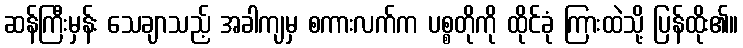
ဆန်ကြီးမှန်း သေချာသည့် အခါကျမှ စကားလက်က ပစ္စတိုကို ထိုင်ခုံ ကြားထဲသို့ ပြန်ထိုး၏။